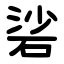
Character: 硰